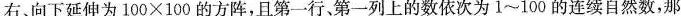
右、向下延伸为100×100的方阵，且第一行、第一列上的数依次为1~100的连续自然数，那